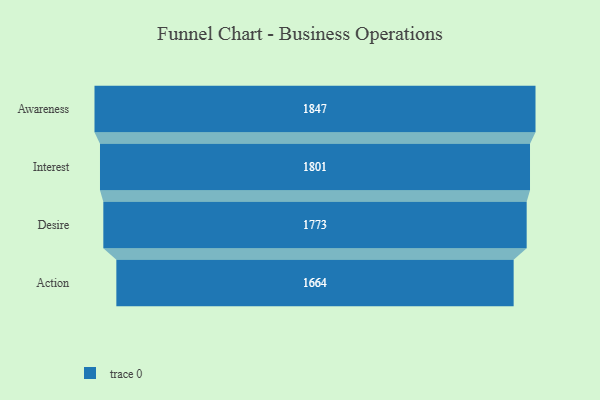
{"axis": {"x": "Stage", "y": "Value"}, "legend": [""], "data": [{"x": "Awareness", "y": 1847.0, "type": ""}, {"x": "Interest", "y": 1801.0, "type": ""}, {"x": "Desire", "y": 1773.0, "type": ""}, {"x": "Action", "y": 1664.0, "type": ""}]}